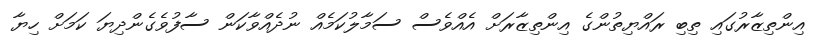
އިންތިޒާރުގައި ތިބި ރައްޔިތުންގެ އިންތިޒާރަށް އެއްވެސް ސަމާލުކަމެއް ނުދެއްވާކަން ސާފުވެގެންދިޔަ ކަމަށް ހިޔާ